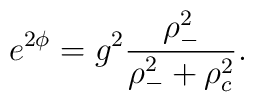
e^{2 \phi} = g^2 \frac{\rho_-^2}{\rho_-^2 + \rho_c^2}.